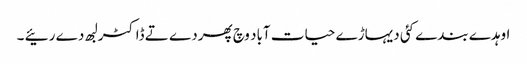
اوہدے بندے کئی دیہاڑے حیات آباد وچ پھردے تے ڈاکٹر لبھ دے رئیے ۔